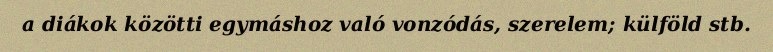
a diákok közötti egymáshoz való vonzódás, szerelem; külföld stb.